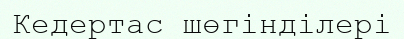
Кедертас шөгінділері